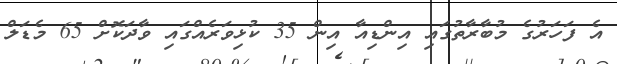
އެ ފަހަރުގެ މުބާރާތުގައި އިންޑިއާ އިން 35 ކުޅިވަރެއްގައި ވާދަކޮށް 65 މެޑަލް